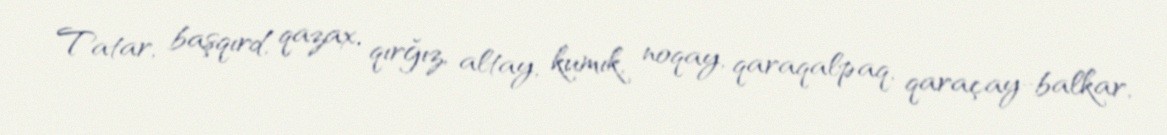
Tatar, başqırd, qazax, qırğız, altay, kumık, noqay, qaraqalpaq, qaraçay-balkar,